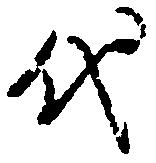
代